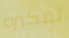
تفكيره